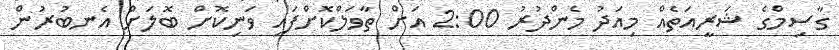
ގާސިމްގެ ޝަރީއަތެއް މިއަދު މެންދުރު 2:00 އަށް ތާވަލްކޮށްފައި ވަނިކޮށް ބޮލަށް އެނބުރުން